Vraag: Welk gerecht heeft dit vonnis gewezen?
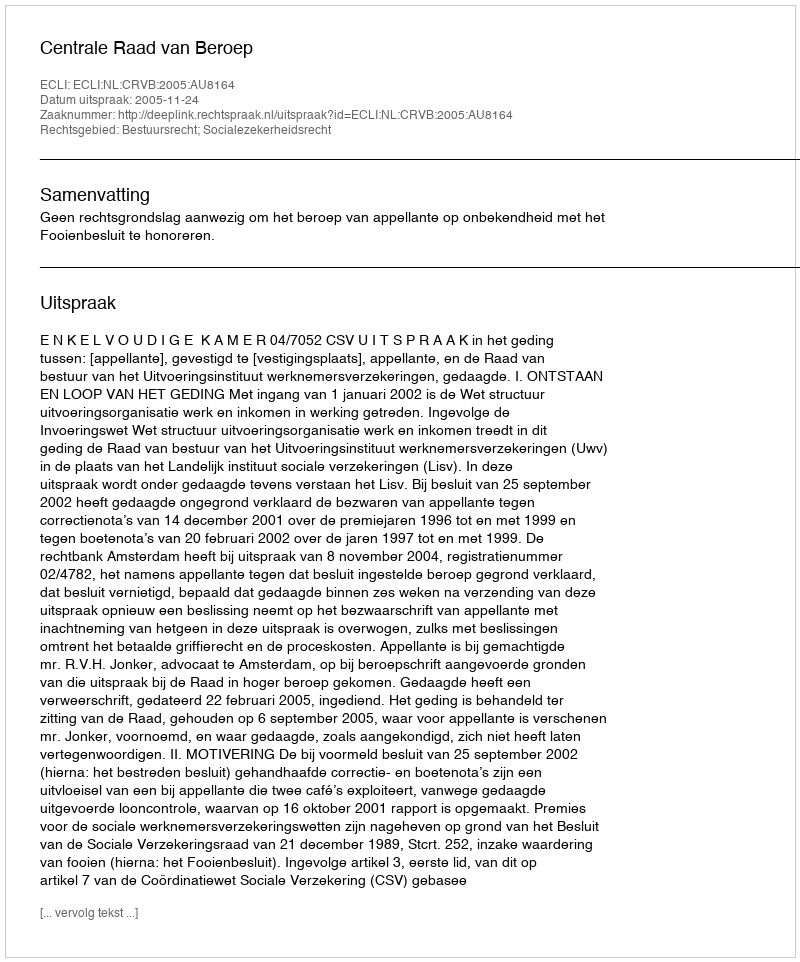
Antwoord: Centrale Raad van Beroep